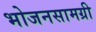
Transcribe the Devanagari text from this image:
भोजनसामग्री